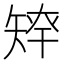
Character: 𥏢